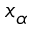
x _ { \alpha }